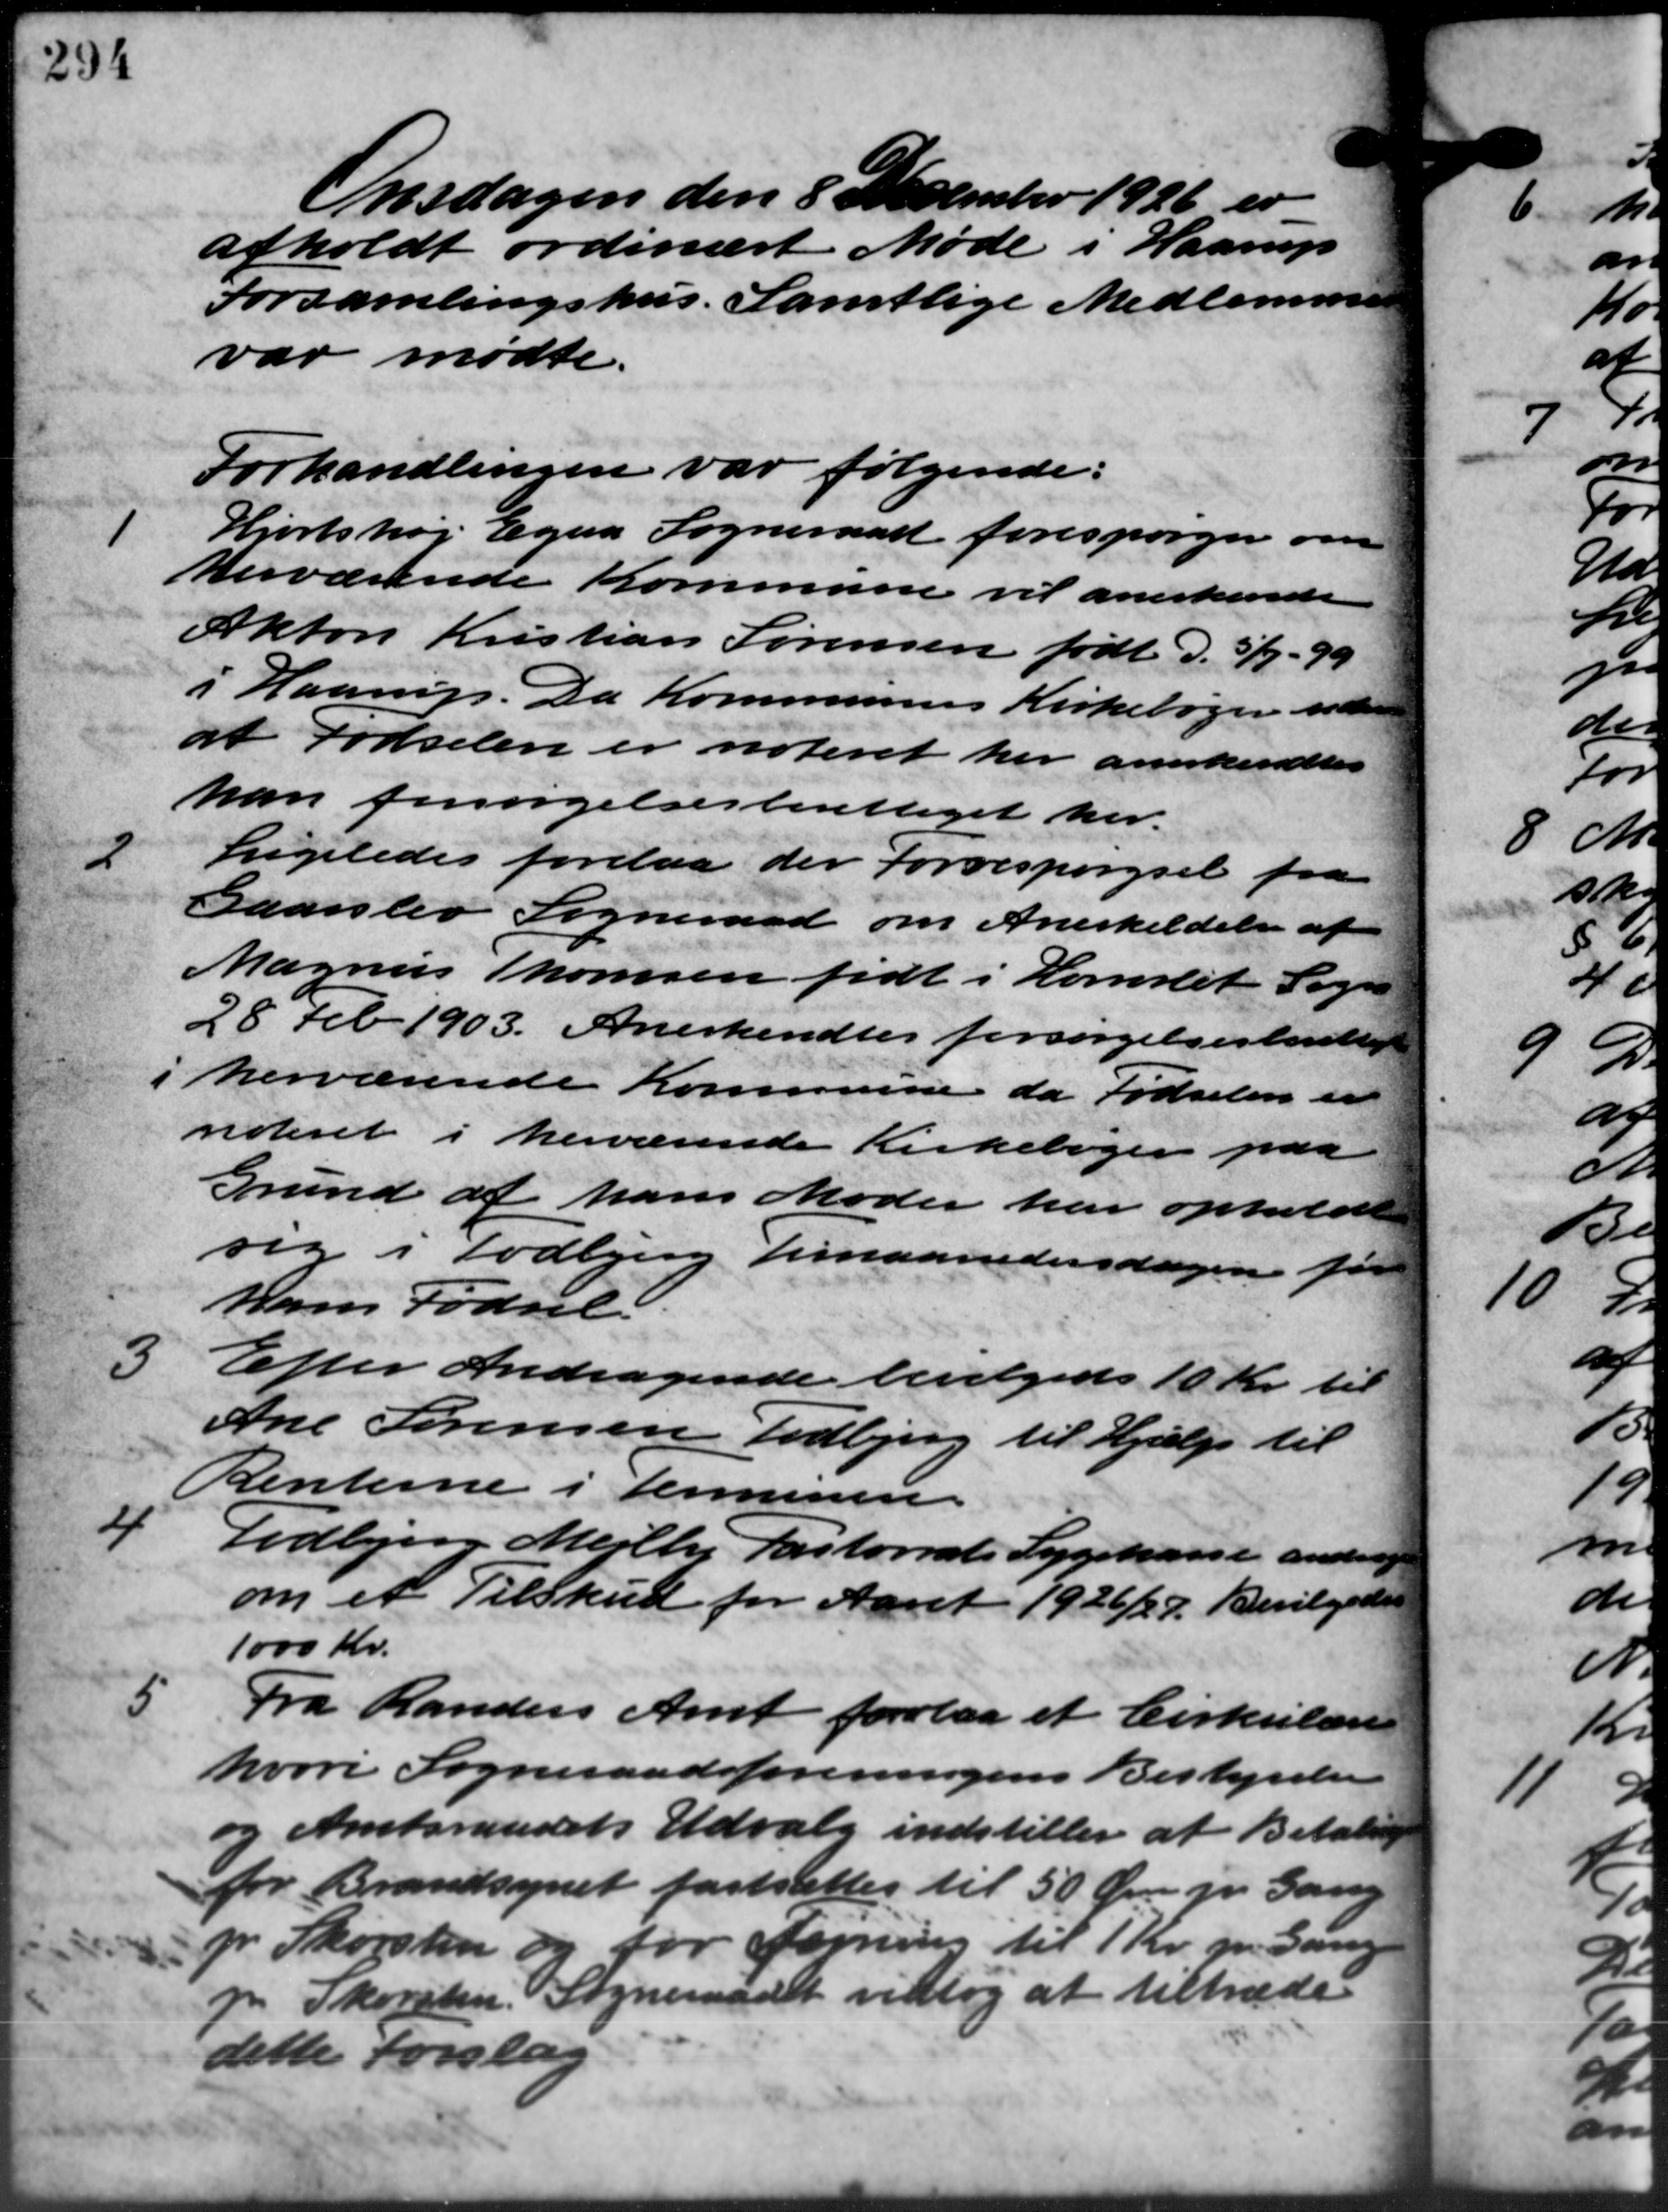
Transskription:
Onsdagen den 8 December 1926 er
afholdt ordinært Møde i Haarup
Forsamlingshus. Samtlige Medlemmer
var mødte.
Forhandlingen var følgende:
1
Hjortshøj Egaa Sogneraad forespørger om
herværende Kommune vil anerkende
Akton Kristian Sørensen født d. 5/7 - 99
i Haarup. Da Kommunens Kirkebøger siden
at Fødselene er noteret her anerkendtes
kan forsørgelsesberettiget her.
2
Ligeledes forelaa der forrespørgsel fra
Gaarslev Sogneraad om Anerkildelse af
Magnus Thomsen født i Hornslet Sogn
28 Feb 1903. Anerkendtes forsørgelsesberettig
i herværende Kommune da Fødselen er
videret i herværende Kirkebøger paa
Grund af hans Møder har ophold
sig i Todbjerg Timaanedersdagen for
hans Fødsel
Efter Andragende bevilgedes 10 Kr. til
Ane Sørensen Todbjerg til Hjælp til
Renterne i Terminere

Todbjerg Mejlby Pastorrats Sygekasse ande
om et Tilskud for Aaret 1926/27. Bevilgede
1000 Kr.
5
Fra Randers Amt forelaa et Cirkulære
hvori Sogneraadsforeningens Bestyrelse
og Amtsraadets Udvalg indstiller at Betaling
for Brandsynet fastsættes til 50 Øre pr. Gang
pr. Skorsten og for forning til 1 Kr. pr. Gang
p Skovsten. Sogneraadet vedtog at tiltræde
dette Forslag
3